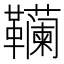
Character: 𱁾